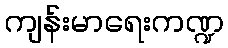
ကျန်းမာရေးကဏ္ဍ